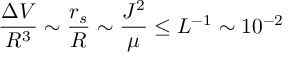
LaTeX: \frac { \Delta V } { R ^ { 3 } } \sim \frac { r _ { s } } { R } \sim \frac { J ^ { 2 } } { \mu } \leq L ^ { - 1 } \sim 1 0 ^ { - 2 }